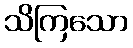
သိကြသော